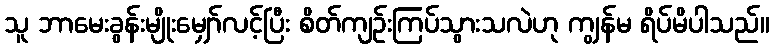
သူ ဘာမေးခွန်းမျိုးမျှော်လင့်ပြီး စိတ်ကျဉ်းကြပ်သွားသလဲဟု ကျွန်မ ရိပ်မိပါသည်။